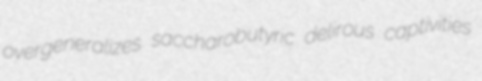
overgeneralizes saccharobutyric delirous captivities